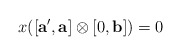
\begin{align*} x([\mathbf{a'},\mathbf{a}] \otimes [0,\mathbf{b}] )=0 \end{align*}